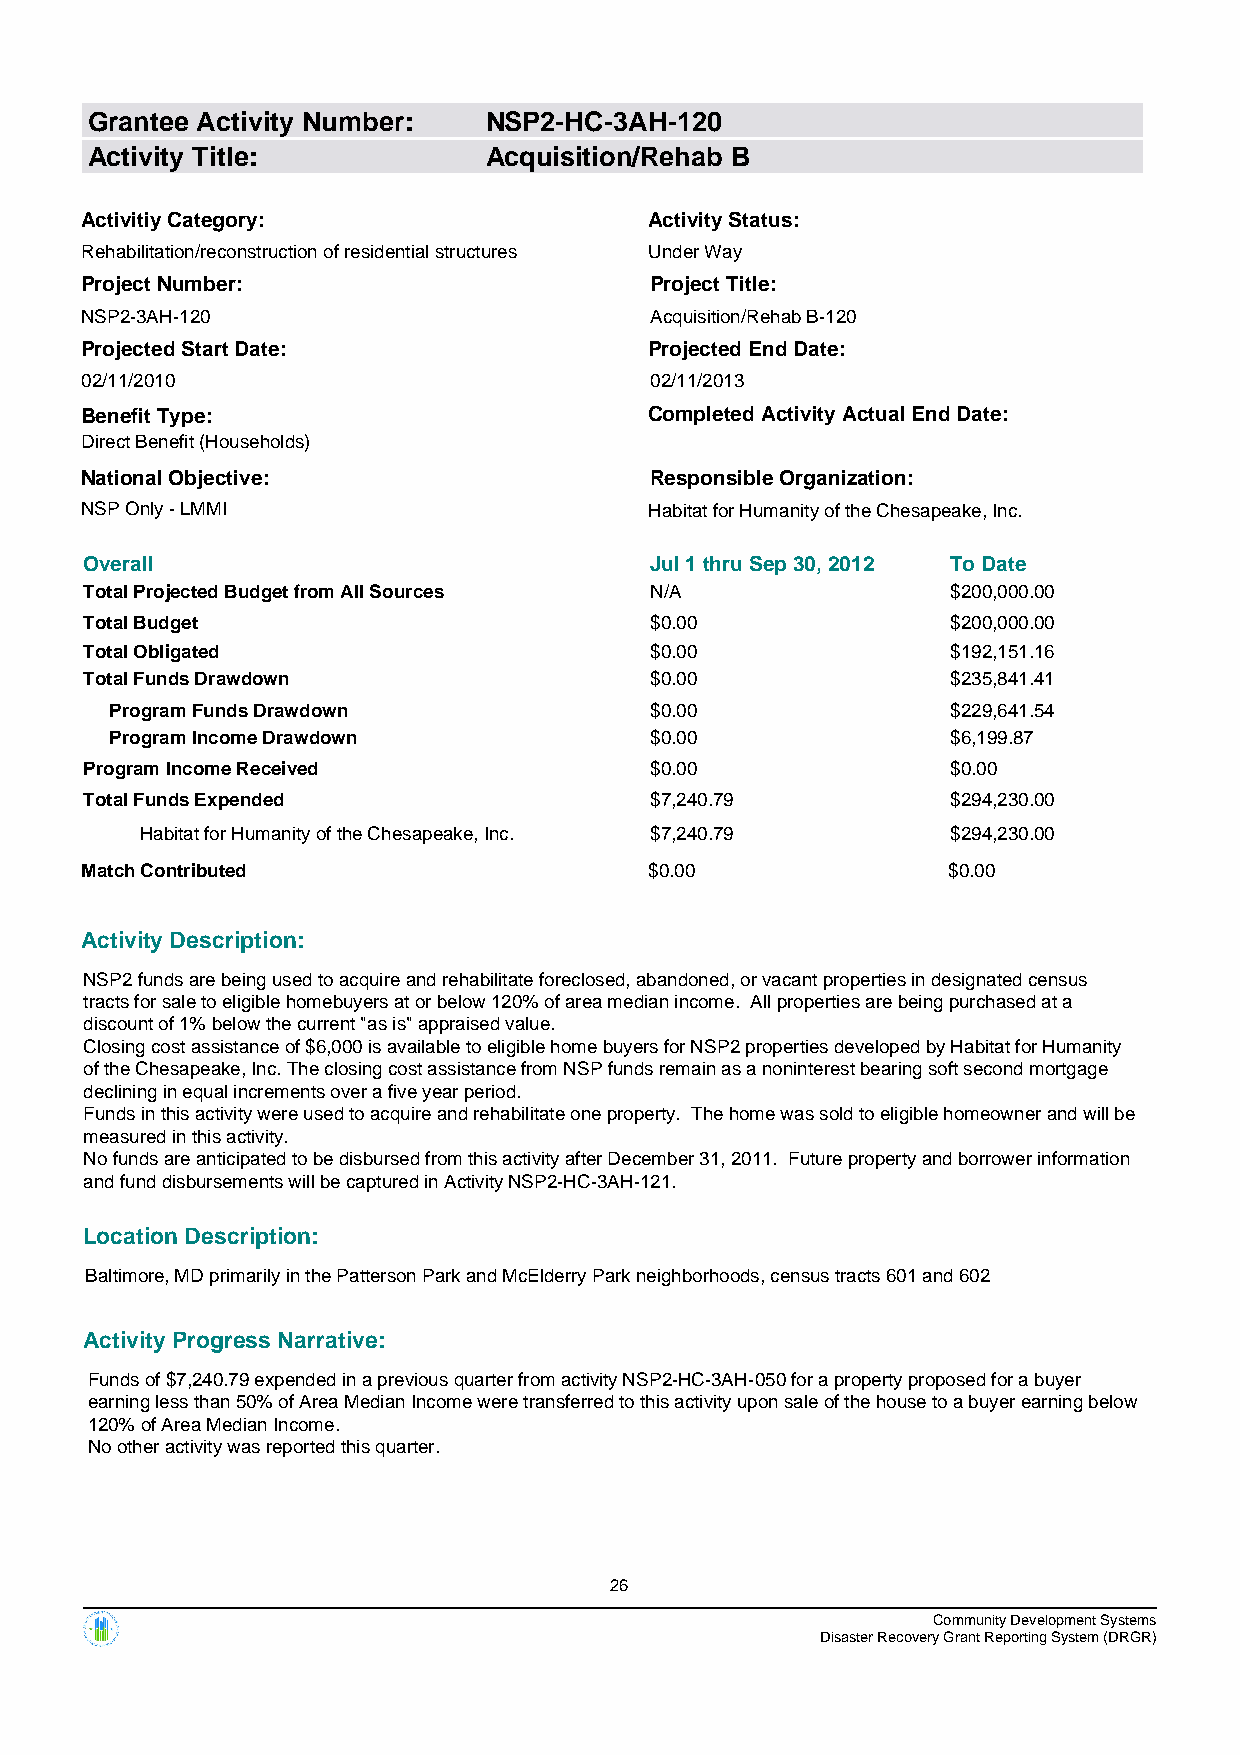
Grantee Activity Number:  NSP2-HC-3AH-120
 Activity Title:           Acquisition/Rehab B
 Activitiy Category:                   Activity Status:
 Rehabilitation/reconstruction of residential structures Under Way
 Project Number:                       Project Title:
 NSP2-3AH-120                          Acquisition/Rehab B-120
 Projected Start Date:                 Projected End Date:
 02/11/2010                            02/11/2013
 Benefit Type:                         Completed Activity Actual End Date:
 Direct Benefit (Households)
 National Objective:                   Responsible Organization:
 NSP Only - LMMI                       Habitat for Humanity of the Chesapeake, Inc.
 Overall                              Jul 1 thru Sep 30, 2012 To Date
 Total Projected Budget from All Sources N/A              $200,000.00
 Total Budget                         $0.00               $200,000.00
 Total Obligated                      $0.00               $192,151.16
 Total Funds Drawdown                 $0.00               $235,841.41
 Program Funds Drawdown              $0.00               $229,641.54
 Program Income Drawdown             $0.00               $6,199.87
 Program Income Received              $0.00               $0.00
 Total Funds Expended                 $7,240.79           $294,230.00
 Habitat for Humanity of the Chesapeake, Inc. $7,240.79 $294,230.00
 Match Contributed                     $0.00               $0.00
 Activity Description:
 NSP2 funds are being used to acquire and rehabilitate foreclosed, abandoned, or vacant properties in designated census
 tracts for sale to eligible homebuyers at or below 120% of area median income. All properties are being purchased at a
 discount of 1% below the current "as is" appraised value.
 Closing cost assistance of $6,000 is available to eligible home buyers for NSP2 properties developed by Habitat for Humanity
 of the Chesapeake, Inc. The closing cost assistance from NSP funds remain as a noninterest bearing soft second mortgage
 declining in equal increments over a five year period.
 Funds in this activity were used to acquire and rehabilitate one property. The home was sold to eligible homeowner and will be
 measured in this activity.
 No funds are anticipated to be disbursed from this activity after December 31, 2011. Future property and borrower information
 and fund disbursements will be captured in Activity NSP2-HC-3AH-121.
 Location Description:
 Baltimore, MD primarily in the Patterson Park and McElderry Park neighborhoods, census tracts 601 and 602
 Activity Progress Narrative:
 Funds of $7,240.79 expended in a previous quarter from activity NSP2-HC-3AH-050 for a property proposed for a buyer
 earning less than 50% of Area Median Income were transferred to this activity upon sale of the house to a buyer earning below
 120% of Area Median Income.
 No other activity was reported this quarter.
 26
 Community Development Systems
 Disaster Recovery Grant Reporting System (DRGR)